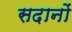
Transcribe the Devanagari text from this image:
सदानों